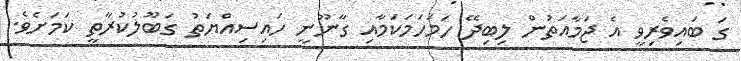
ގަ ބައިވެރިވީ އެ ޖަމާއަތުން ލިބިދޭ ހަމަހަމަކަމާއި ގާނޫނީ ހައިސިއްޔަތު ގަބޫލުކުރާތީ ކަމަށެވެ.